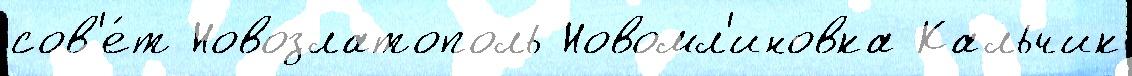
сов'е́т Новозлатополь Новомл'иновка Кальчик